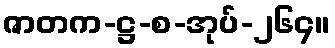
ဇာတက-ဋ္ဌ-စ-အုပ်-၂၆၄။